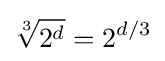
{\sqrt[{3}]{2^{d}}}=2^{d/3}